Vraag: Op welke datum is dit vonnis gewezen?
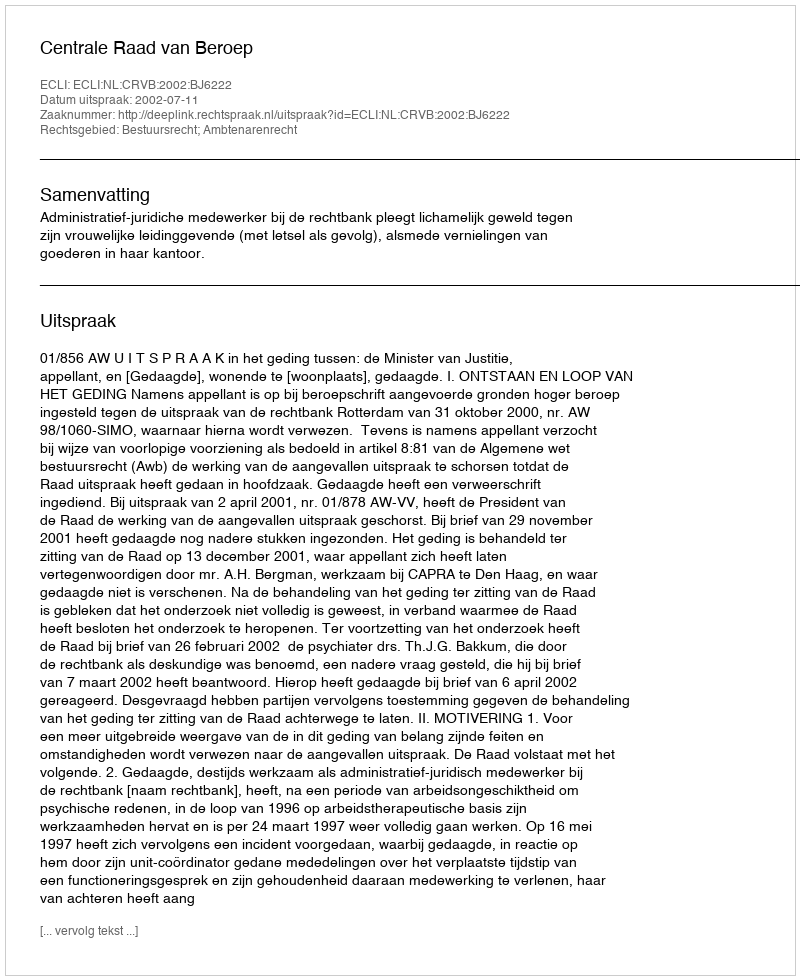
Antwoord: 2002-07-11